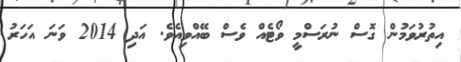
އިތުރުވަމުން ގޮސް ނުރަސްމީ ވޯޓެއް ވެސް ބޭއްވިއެވެ. އަދި 2014 ވަނަ އަހަރު